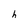
Character: h